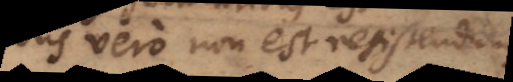
vero non est resistendum.